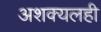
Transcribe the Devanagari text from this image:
अशक्यलही